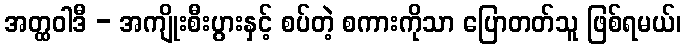
အတ္ထဝါဒီ - အကျိုးစီးပွားနှင့် စပ်တဲ့ စကားကိုသာ ပြောတတ်သူ ဖြစ်ရမယ်၊